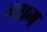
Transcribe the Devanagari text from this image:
नााम